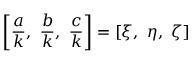
\left[ { \frac { a } { k } } , \ { \frac { b } { k } } , \ { \frac { c } { k } } \right] = \left[ \xi , \ \eta , \ \zeta \right]